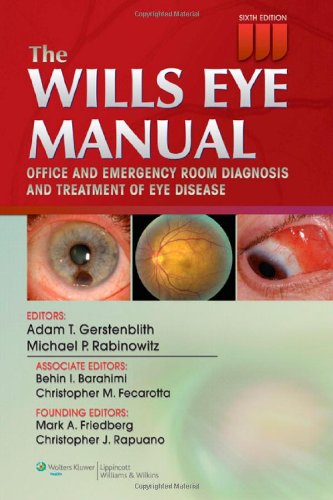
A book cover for The Wills Eye Manual: Office and Emergency Room Diagnosis and Treatment of Eye Disease; Adam T. Gerstenblith MD; Medical Books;